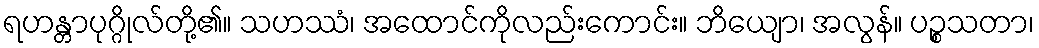
ရဟန္တာပုဂ္ဂိုလ်တို့၏။ သဟဿံ၊ အထောင်ကိုလည်းကောင်း။ ဘိယျော၊ အလွန်။ ပဉ္စသတာ၊